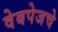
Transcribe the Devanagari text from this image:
वेबपेजचे